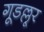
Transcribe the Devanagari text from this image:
गूडल्लूर